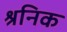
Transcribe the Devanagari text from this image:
श्रनिक